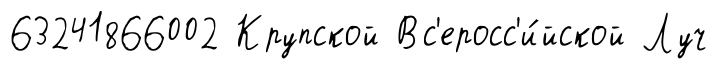
63241866002 Крупской Вс'еросс'и́йской Луч